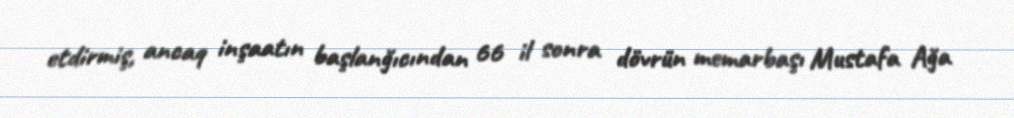
etdirmiş, ancaq inşaatın başlanğıcından 66 il sonra dövrün memarbaşı Mustafa Ağa